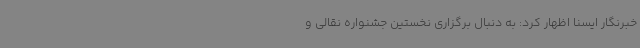
خبرنگار ایسنا اظهار کرد: به دنبال برگزاری نخستین جشنواره نقالی و